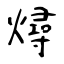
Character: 燖